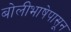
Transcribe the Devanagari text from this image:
बोलीभाषेपासून